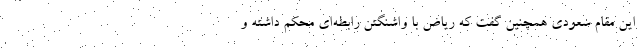
این مقام سعودی همچنین گفت که ریاض با واشنگتن رابطه‌ای محکم داشته و